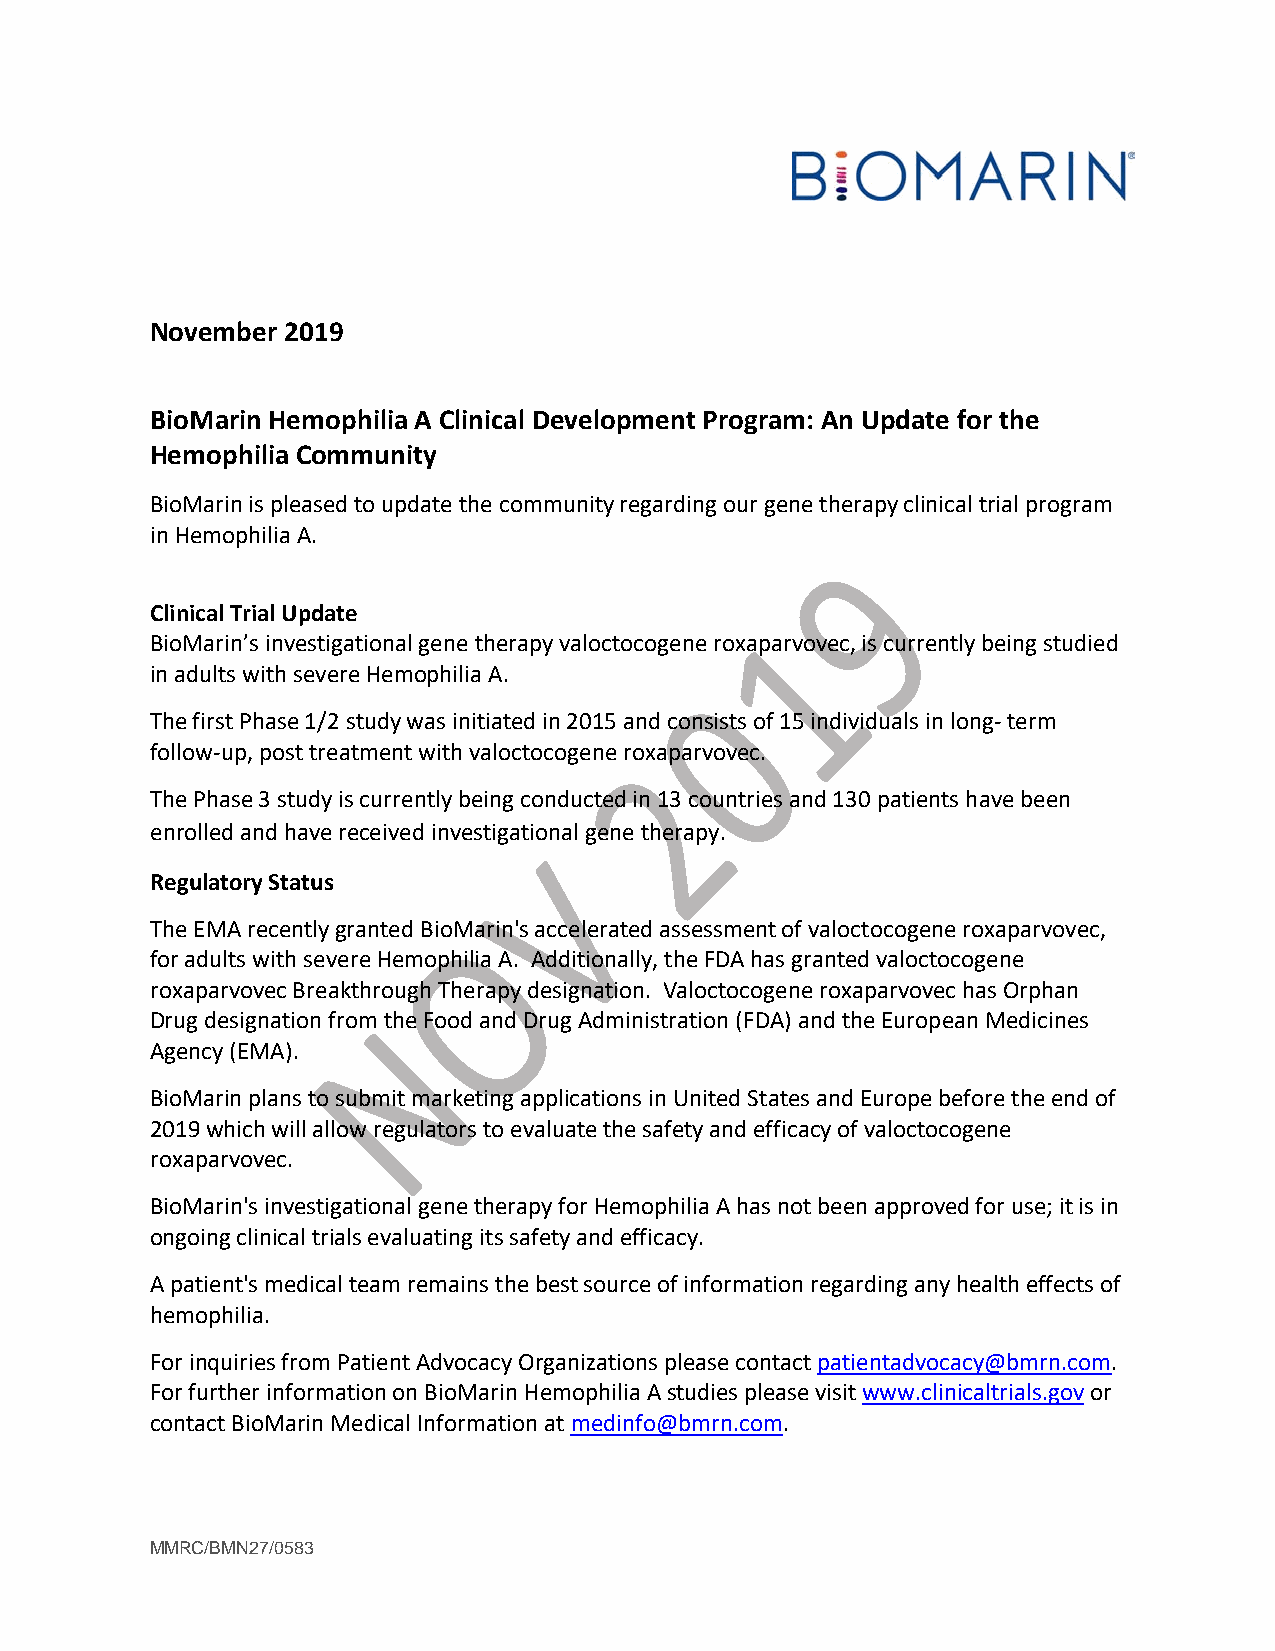
November 2019
 BioMarin Hemophilia A Clinical Development Program: An Update for the
 Hemophilia Community
 BioMarin is pleased to update the community regarding our gene therapy clinical trial program
 in Hemophilia A.
 Clinical Trial Update
 BioMarin’s investigational gene therapy valoctocogene roxaparvovec, is currently being studied
 in adults with severe Hemophilia A.
 The first Phase 1/2 study was initiated in 2015 and consists of 15 individuals in long- term
 follow-up, post treatment with valoctocogene roxaparvovec.
 The Phase 3 study is currently being conducted in 13 countries and 130 patients have been
 enrolled and have received investigational gene therapy.
 Regulatory Status
 The EMA recently granted BioMarin's accelerated assessment of valoctocogene roxaparvovec,
 for adults with severe Hemophilia A. Additionally, the FDA has granted valoctocogene
 roxaparvovec Breakthrough Therapy designation. Valoctocogene roxaparvovec has Orphan
 Drug designation from the Food and Drug Administration (FDA) and the European Medicines
 Agency (EMA).
 BioMarin plans to submit marketing applications in United States and Europe before the end of
 2019 which will allow regulators to evaluate the safety and efficacy of valoctocogene
 roxaparvovec.
 BioMarin's investigational gene therapy for Hemophilia A has not been approved for use; it is in
 ongoing clinical trials evaluating its safety and efficacy.
 A patient's medical team remains the best source of information regarding any health effects of
 hemophilia.
 For inquiries from Patient Advocacy Organizations please contact patientadvocacy@bmrn.com.
 For further information on BioMarin Hemophilia A studies please visit www.clinicaltrials.gov or
 contact BioMarin Medical Information at medinfo@bmrn.com.
 MMRC/BMN27/0583